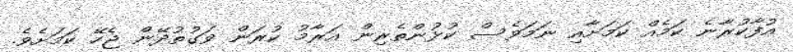
އުފާކުރާނެ ކަމެއް ކަމަށާއި ނަމަވެސް ކުޅުންތެރިން އަރާމު ކުރަން ވަގުތުދޭން ޖެހޭ ކަމަށެވެ.